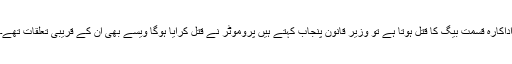
اداکارہ قسمت بیگ کا قتل ہوتا ہے تو وزیر قانون پنجاب کہتے ہیں پروموٹر نے قتل کرایا ہوگا ویسے بھی ان کے قریبی تعلقات تھے۔